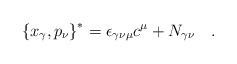
LaTeX: \begin{align*}\left\{x_{\gamma},p_{\nu}\right\}^* = \epsilon_{\gamma\nu\mu}c^{\mu} + N_{\gamma\nu}\quad .\end{align*}